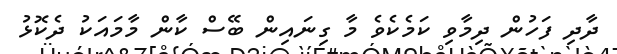
ދާދި ފަހުން ދިމާވި ކަމެކެވެ މާ ގިނައިން ބޭސް ކާން މާމައަކު ދެކޮޅު